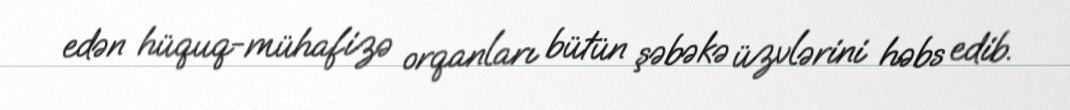
edən hüquq-mühafizə orqanları bütün şəbəkə üzvlərini həbs edib.